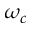
\omega _ { c }